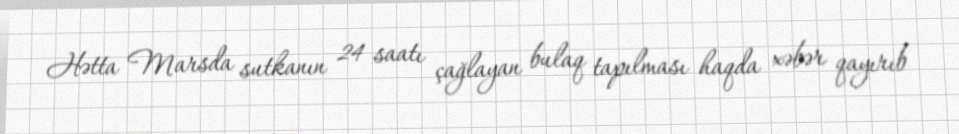
Hətta Marsda sutkanın 24 saatı çağlayan bulaq tapılması haqda xəbər qayırıb